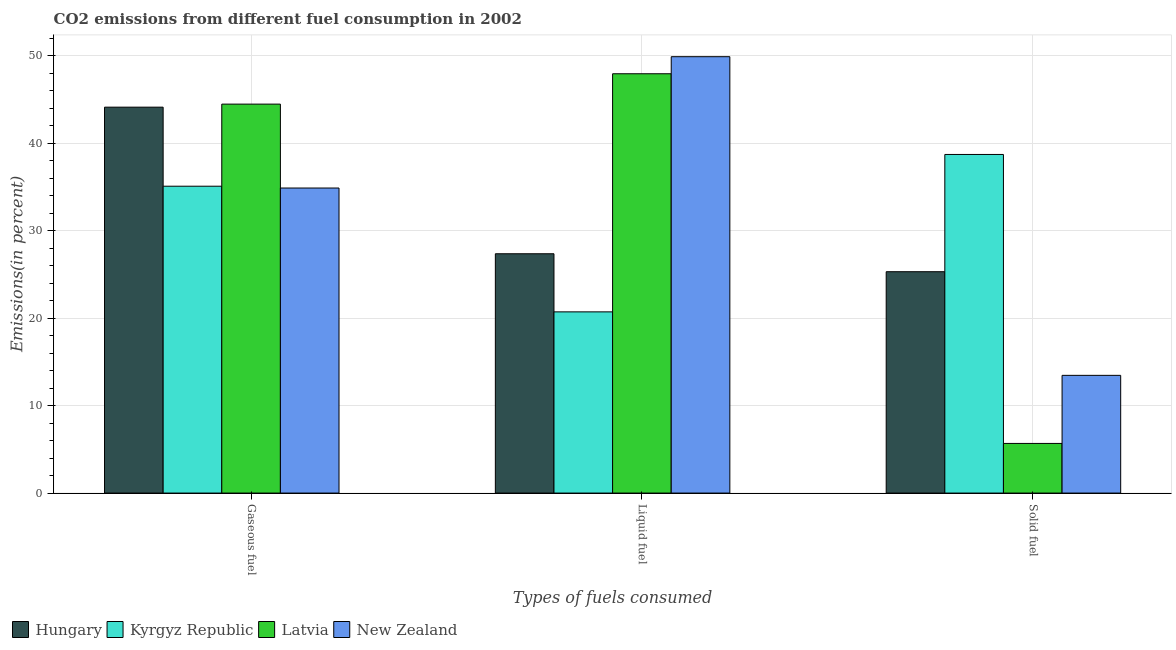
| Types of fuels consumed | Hungary | Kyrgyz Republic | Latvia | New Zealand |
 | --- | --- | --- | --- | --- |
 | Gaseous fuel | 44.1 | 35.1 | 44.5 | 34.9 |
 | Liquid fuel | 27.4 | 20.7 | 48 | 49.9 |
 | Solid fuel | 25.3 | 38.7 | 5.68 | 13.5 |